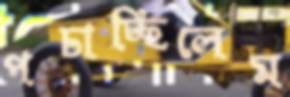
পচাচ্ছিলেম